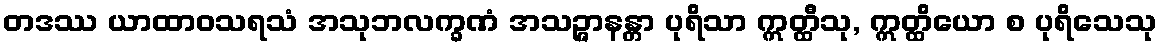
တဒဿ ယာထာဝသရသံ အသုဘလက္ခဏံ အသဉ္ဇာနန္တာ ပုရိသာ ဣတ္ထီသု, ဣတ္ထိယော စ ပုရိသေသု